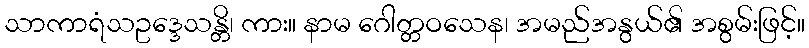
သာကာရံသဥဒ္ဒေသန္တိ၊ ကား။ နာမ ဂေါတ္တဝသေန၊ အမည်အနွယ်၏ အစွမ်းဖြင့်။